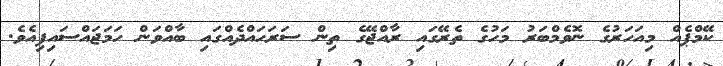
ކޭމްޕެއް މިއަހަރުގެ ނޮވެމްބަރު މަހުގެ ތެރޭގައި ރާއްޖޭގެ ތިން ސަރަހައްދެއްގައި ބާއްވަން ހަމަޖައްސައިފިއެވެ.